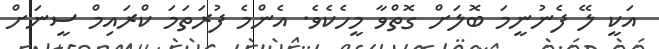
އަކީ ލޭ ފެނުނީމަ ބޮލަށް ގޮތްވާ މީހެކެވެ. އެންމެ ފުރަތަމަ ކްރައިމް ސީނަށް